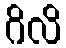
ဂိလိ